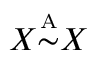
X { \overset { \underset { \mathrm { A } } { } } { \sim } } X